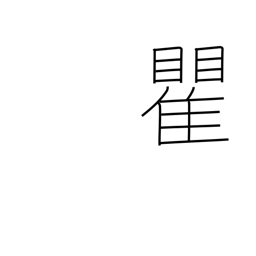
Meaning: surname